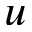
u